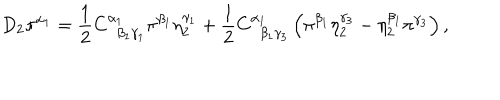
D _ { 2 } \pi ^ { \alpha _ { 1 } } = \frac 1 2 C _ { \; \; \beta _ { 1 } \gamma _ { 1 } } ^ { \alpha _ { 1 } } \pi ^ { \beta _ { 1 } } \eta _ { 2 } ^ { \gamma _ { 1 } } + \frac 1 2 C _ { \; \; \beta _ { 1 } \gamma _ { 3 } } ^ { \alpha _ { 1 } } \left( \pi ^ { \beta _ { 1 } } \eta _ { 2 } ^ { \gamma _ { 3 } } - \eta _ { 2 } ^ { \beta _ { 1 } } \pi ^ { \gamma _ { 3 } } \right) ,